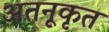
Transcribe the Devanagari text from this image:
अतनूकृत